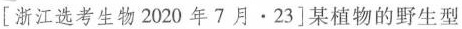
[浙江选考生物2020年7月·23]某植物的野生型